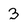
Character: 3